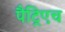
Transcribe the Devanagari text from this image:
पैट्रिएच